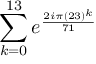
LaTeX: \sum _ { k = 0 } ^ { 1 3 } e ^ { \frac { 2 i \pi ( 2 3 ) ^ { k } } { 7 1 } }